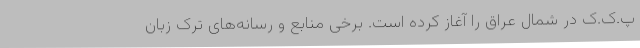
پ.ک.ک در شمال عراق را آغاز کرده است. برخی منابع و رسانه‌های ترک زبان